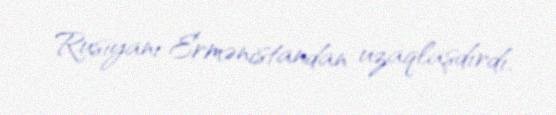
Rusiyanı Ermənistandan uzaqlaşdırdı.